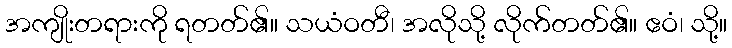
အကျိုးတရားကို ရတတ်၏။ သယံဝတီ၊ အလိုသို့ လိုက်တတ်၏။ ဧဝံ၊ သို့။